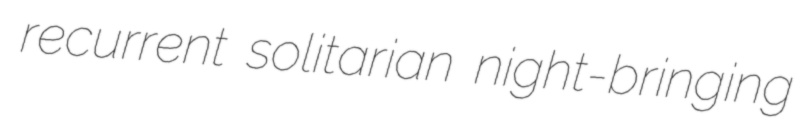
recurrent solitarian night-bringing